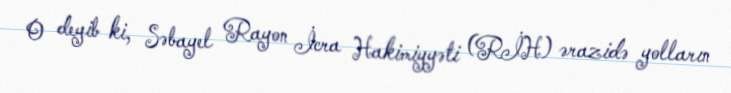
O deyib ki, Səbayel Rayon İcra Hakimiyyəti (RİH) ərazidə yolların